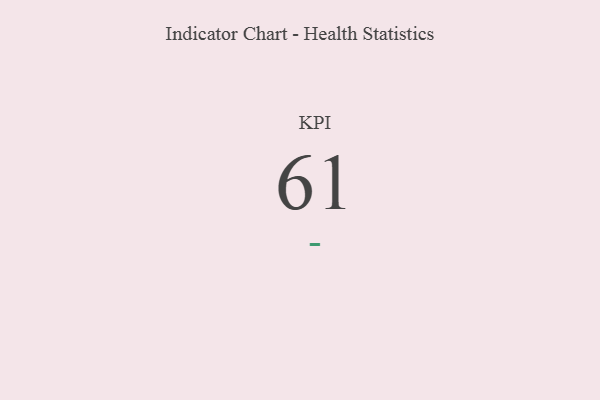
{"axis": {"x": "KPI", "y": "Value"}, "legend": [""], "data": [{"x": "KPI", "y": 61, "type": ""}]}